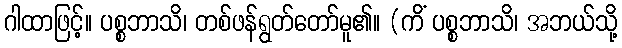
ဂါထာဖြင့်။ ပစ္စဘာသိ၊ တစ်ဖန်ရွတ်တော်မူ၏။ (ကိံ ပစ္စဘာသိ၊ အဘယ်သို့